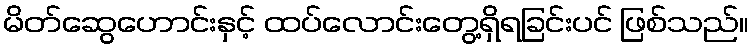
မိတ်ဆွေဟောင်းနှင့် ထပ်လောင်းတွေ့ရှိရခြင်းပင် ဖြစ်သည်။